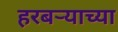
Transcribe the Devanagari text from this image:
हरबऱ्याच्या